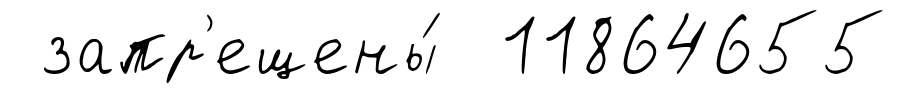
запр'ещены́ 11864655